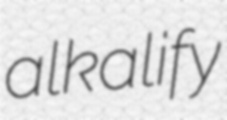
alkalify